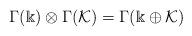
LaTeX: \begin{align*}\Gamma(\Bbbk)\otimes\Gamma(\mathcal{K})=\Gamma(\Bbbk\oplus\mathcal{K})\end{align*}